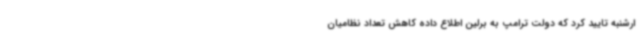
ارشنبه تایید کرد که دولت ترامپ به برلین اطلاع داده کاهش تعداد نظامیان